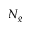
N _ { g }